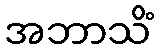
အဘာသိံ